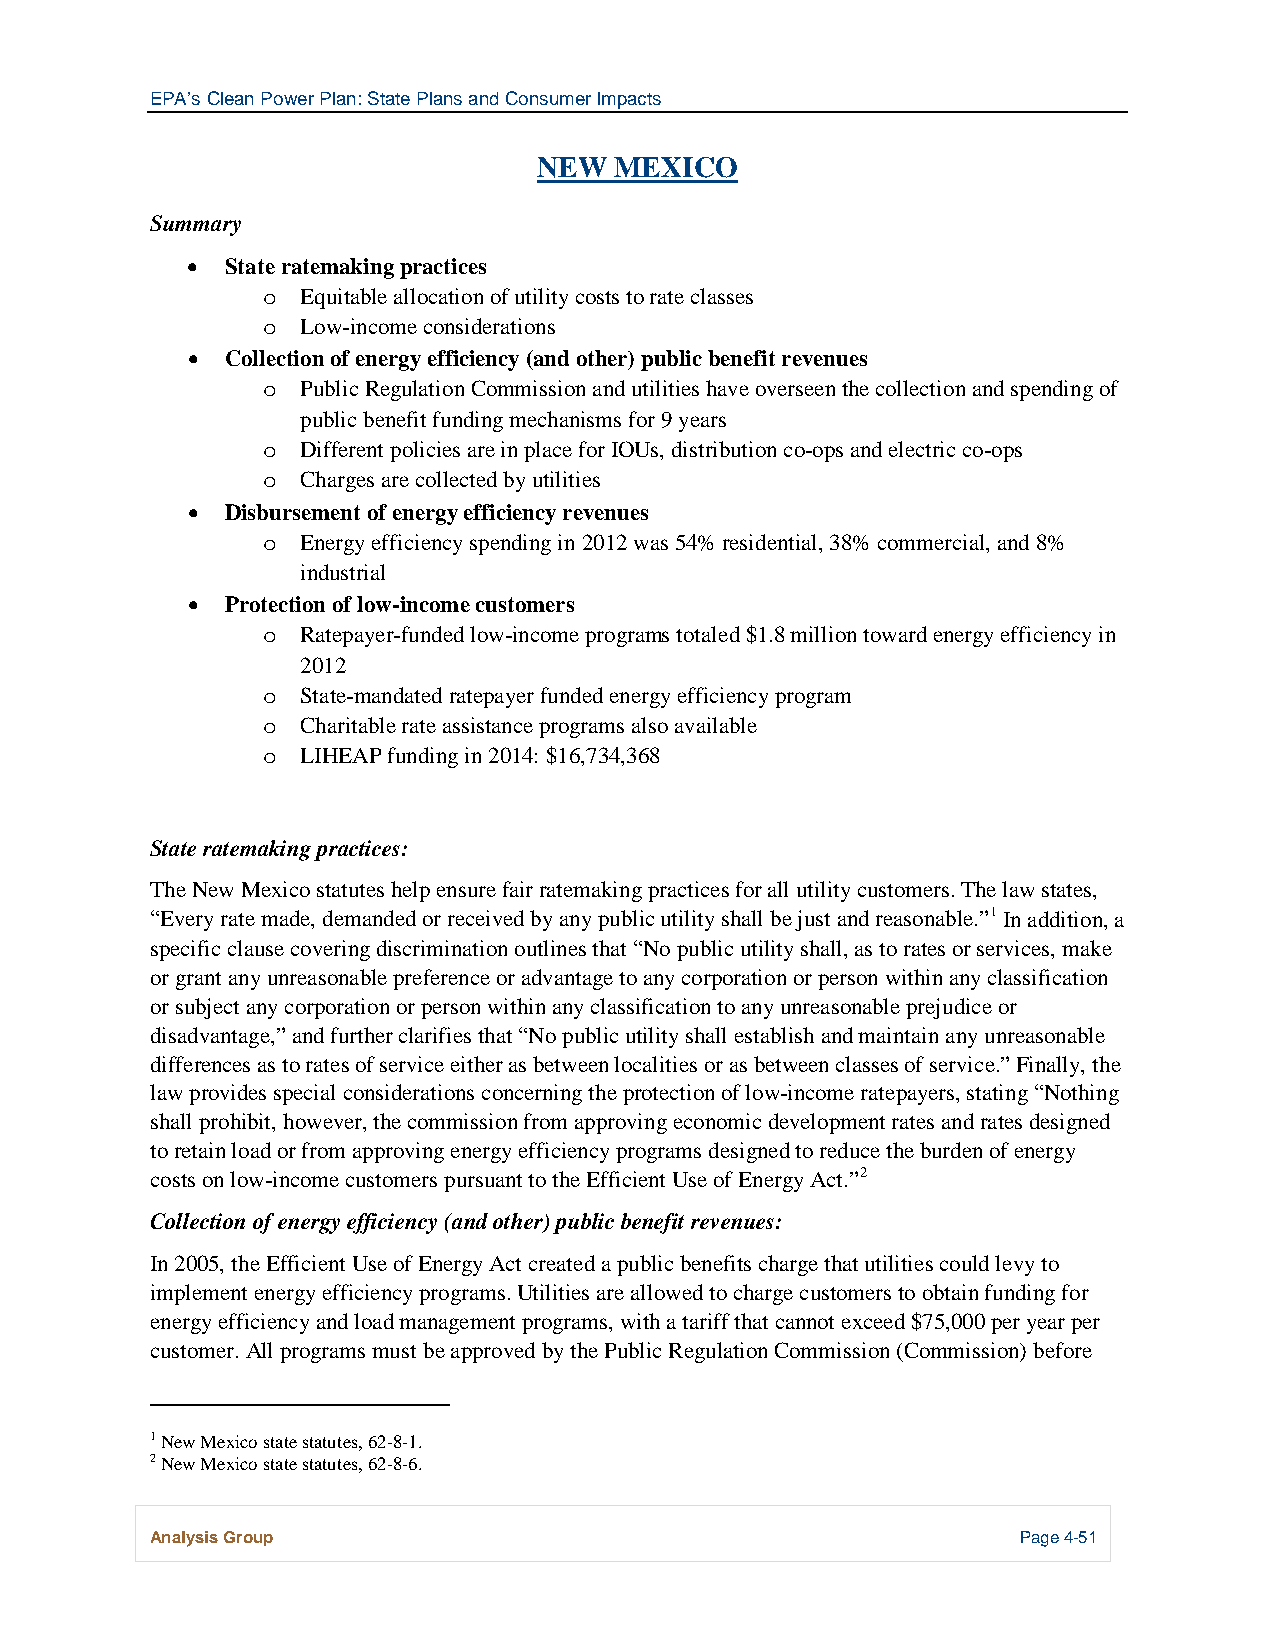
EPA’s Clean Power Plan: State Plans and Consumer Impacts
 NEW  MEXICO
 Summary
 •  State ratemaking practices
 Equitable allocation of utility costs to rate classes
 o
 Low-income considerations
 o
 •  Collection of energy efficiency (and other) public benefit revenues
 Public Regulation Commission and utilities have overseen the collection and spending of
 o
 public benefit funding mechanisms for 9 years
 Different policies are in place for IOUs, distribution co-ops and electric co-ops
 o
 Charges are collected by utilities
 o
 •  Disbursement of energy efficiency revenues
 Energy efficiency spending in 2012 was 54% residential, 38% commercial, and 8%
 o
 industrial
 •  Protection of low-income customers
 Ratepayer-funded low-income programs totaled $1.8 million toward energy efficiency in
 o
 2012
 State-mandated ratepayer funded energy efficiency program
 o
 Charitable rate assistance programs also available
 o
 LIHEAP funding in 2014: $16,734,368
 o
 State ratemaking practices:
 The New Mexico statutes help ensure fair ratemaking practices for all utility customers. The law states,
 “Every rate made, demanded or received by any public utility shall be just and reasonable.”1 In addition, a
 specific clause covering discrimination outlines that “No public utility shall, as to rates or services, make
 or grant any unreasonable preference or advantage to any corporation or person within any classification
 or subject any corporation or person within any classification to any unreasonable prejudice or
 disadvantage,” and further clarifies that “No public utility shall establish and maintain any unreasonable
 differences as to rates of service either as between localities or as between classes of service.” Finally, the
 law provides special considerations concerning the protection of low-income ratepayers, stating “Nothing
 shall prohibit, however, the commission from approving economic development rates and rates designed
 to retain load or from approving energy efficiency programs designed to reduce the burden of energy
 costs on low-income customers pursuant to the Efficient Use of Energy Act.”2
 Collection of energy efficiency (and other) public benefit revenues:
 In 2005, the Efficient Use of Energy Act created a public benefits charge that utilities could levy to
 implement energy efficiency programs. Utilities are allowed to charge customers to obtain funding for
 energy efficiency and load management programs, with a tariff that cannot exceed $75,000 per year per
 customer. All programs must be approved by the Public Regulation Commission (Commission) before
 1 New Mexico state statutes, 62-8-1.
 2 New Mexico state statutes, 62-8-6.
 Analysis Group                                            Page 4-51